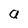
Character: a